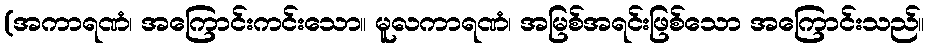
(အကာရဏံ၊ အကြောင်းကင်းသော။ မူလကာရဏံ၊ အမြစ်အရင်းဖြစ်သော အကြောင်းသည်။